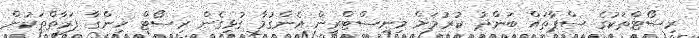
ރިސޯޓްތަކުގެ ސްޕާތައް ބަންދު ކުރުމަށް މިނިސްޓްރީން އެންގުމާ ގުޅިގެން ރިސޯޓް ހިންގާ ފަރާތްތަކުން